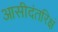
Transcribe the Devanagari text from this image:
आसीदंतरिक्षं